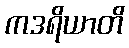
ကဒရိယာတိ